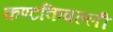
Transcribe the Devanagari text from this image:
कण्टकिवल्ली